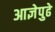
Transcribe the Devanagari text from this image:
आज्ञेपुढे